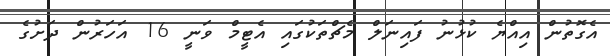
އެގޮތުން އިއްޔެ ކުޅުނު ފައިނަލް މެޗްތަކުގައި އެޓީމް ވަނީ 16 އަހަރުން ދަށުގެ